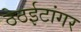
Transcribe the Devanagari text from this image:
ठेठईटांगर